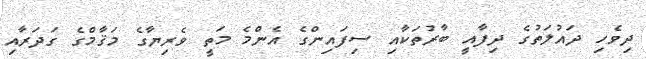
ދިވެހި ދައުލަތުގެ ދިފާއީ ބާރުތަކާއި ސިފައިންގެ އެންމެ މަތީ ވެރިޔާގެ މަޤާމްގެ ގަދަރާއި